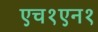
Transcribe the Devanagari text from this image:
एच१एन१